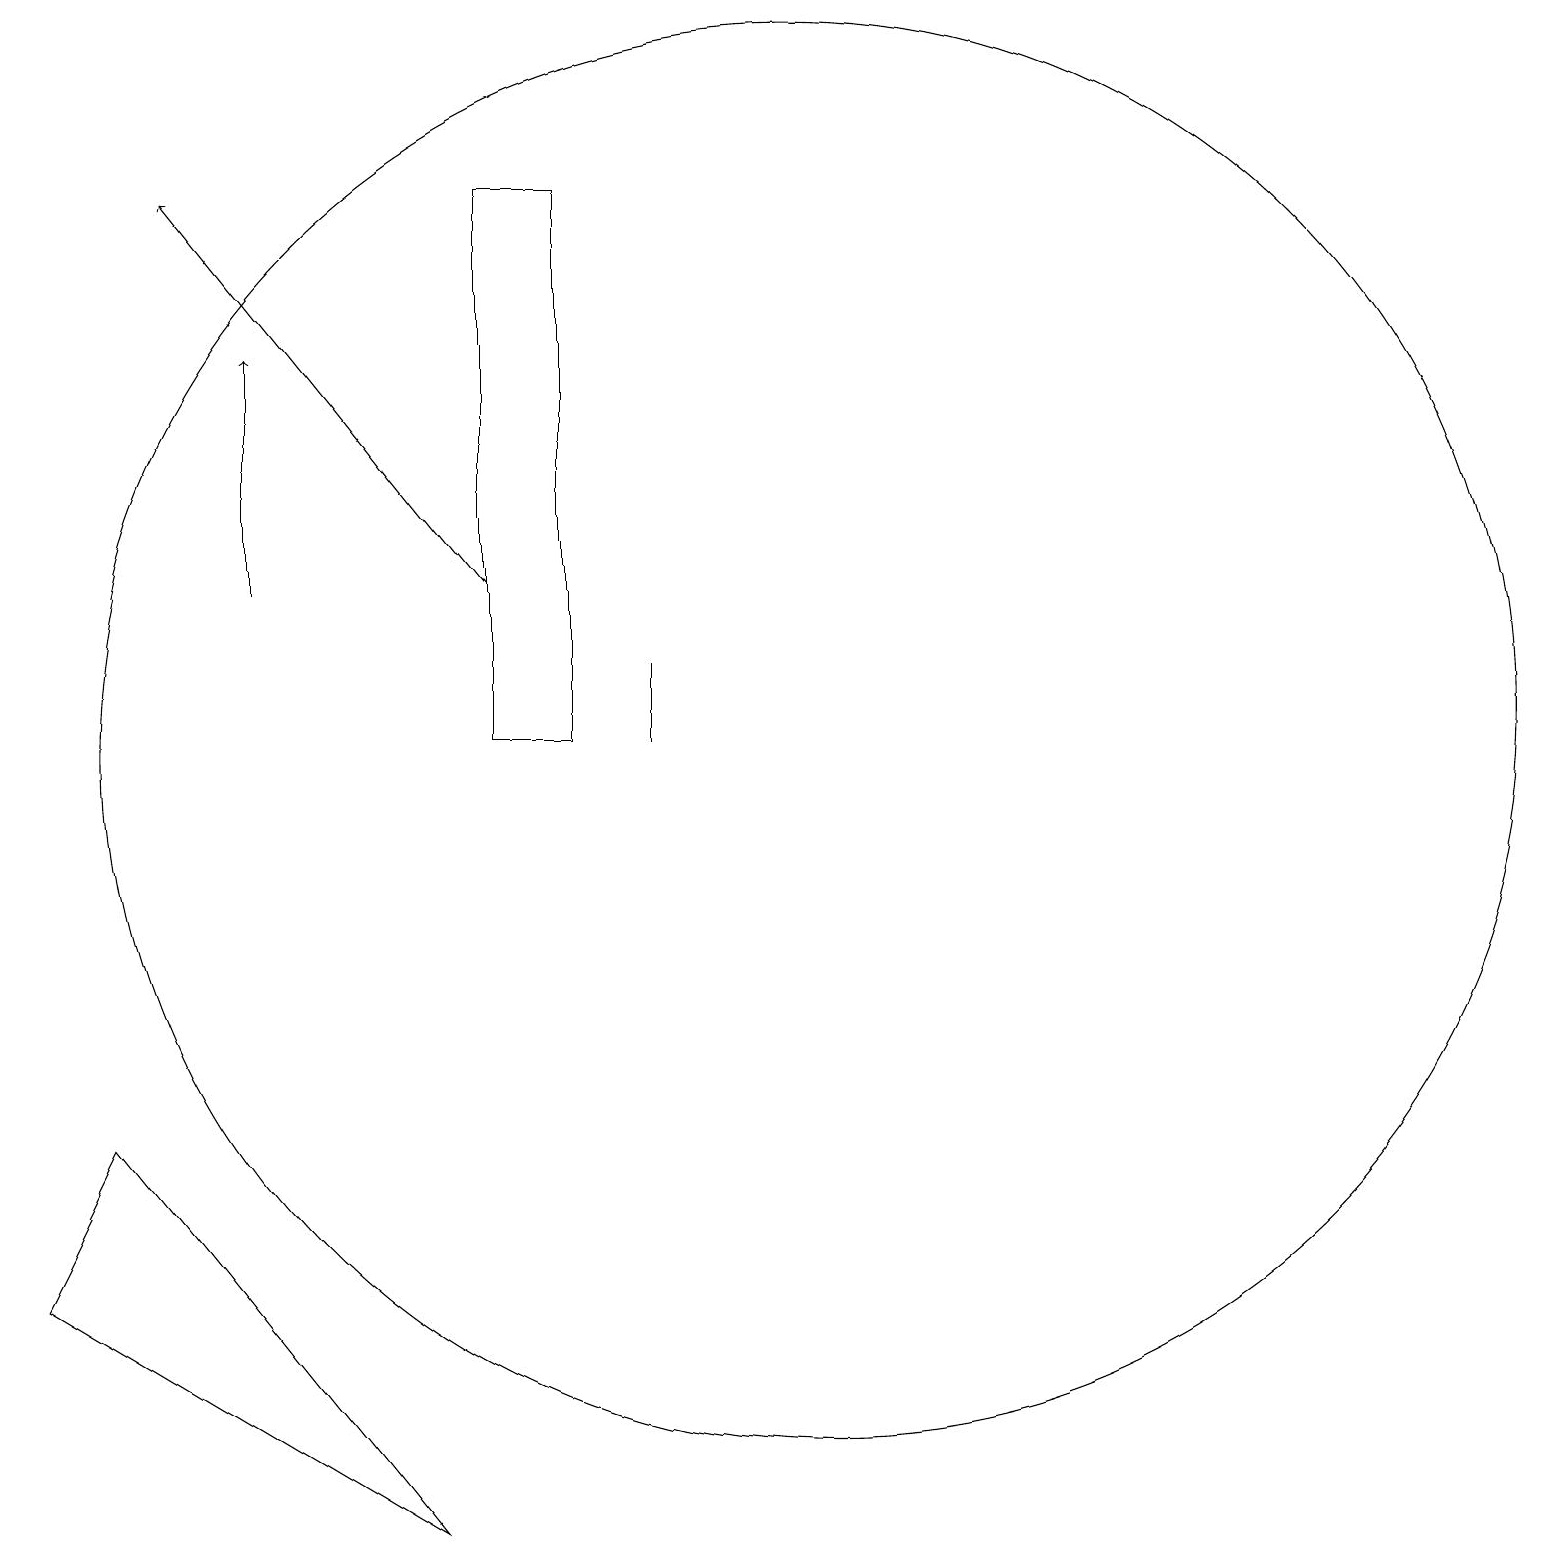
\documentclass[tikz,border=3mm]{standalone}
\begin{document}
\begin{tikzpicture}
\draw (8,18) rectangle (7,11);
\draw[->] (4,13) -- (4,16);
\draw (1,4) -- (6,1) -- (2,6) -- cycle;
\draw[->] (7,13) -- (3,18);
\draw (9,12) rectangle (9,11);
\draw (11,11) circle (9);
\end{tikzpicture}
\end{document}